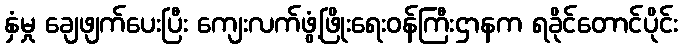
နှံမှု ချေဖျက်ပေးပြီး ကျေးလက်ဖွံ့ဖြိုးရေးဝန်ကြီးဌာနက ရခိုင်တောင်ပိုင်း